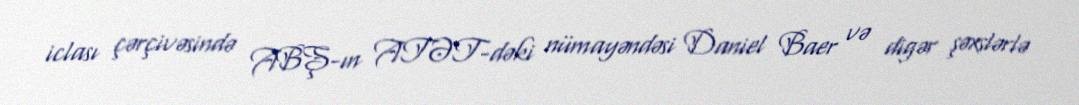
iclası çərçivəsində ABŞ-ın ATƏT-dəki nümayəndəsi Daniel Baer və digər şəxslərlə